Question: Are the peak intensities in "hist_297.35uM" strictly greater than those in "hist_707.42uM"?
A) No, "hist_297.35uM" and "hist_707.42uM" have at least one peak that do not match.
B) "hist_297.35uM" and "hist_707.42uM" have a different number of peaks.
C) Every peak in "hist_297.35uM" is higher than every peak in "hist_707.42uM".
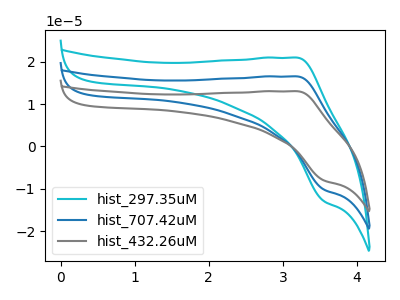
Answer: <think>The cyan curve "hist_297.35uM" has an anodic peak at (3.20V, 20.95uA) and a cathodic peak at (3.55V, -12.90uA). The blue curve "hist_707.42uM" has an anodic peak at (3.20V, 16.50uA) and a cathodic peak at (3.55V, -10.15uA). The gray curve "hist_432.26uM" has an anodic peak at (3.20V, 33.00uA) and a cathodic peak at (3.55V, -20.30uA).</think>
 <answer>C) Every peak in "hist_297.35uM" is higher than every peak in "hist_707.42uM".</answer>
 <eval>C</eval>